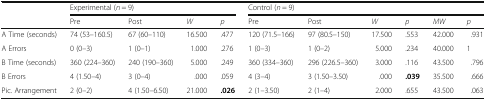
<table><thead><tr><td></td><td colspan="4"><b>Experimental (<i>n</i> = 9)</b></td><td colspan="6"><b>Control (<i>n</i> = 9)</b></td></tr><tr><td></td><td><b>Pre</b></td><td><b>Post</b></td><td><b><i>W</i></b></td><td><b><i>p</i></b></td><td><b>Pre</b></td><td><b>Post</b></td><td><b><i>W</i></b></td><td><b><i>p</i></b></td><td><b><i>MW</i></b></td><td><b><i>p</i></b></td></tr></thead><tbody><tr><td>A Time (seconds)</td><td>74 (53–160.5)</td><td>67 (60–110)</td><td>16.500</td><td>.477</td><td>120 (71.5–166)</td><td>97 (80.5–150)</td><td>17.500</td><td>.553</td><td>42.000</td><td>.931</td></tr><tr><td>A Errors</td><td>0 (0–3)</td><td>1 (0–1)</td><td>1.000</td><td>.276</td><td>1 (0–3)</td><td>1 (0–2)</td><td>5.000</td><td>.234</td><td>40.000</td><td>1</td></tr><tr><td>B Time (seconds)</td><td>360 (224–360)</td><td>240 (190–360)</td><td>5.000</td><td>.249</td><td>360 (334–360)</td><td>296 (226.5–360)</td><td>3.000</td><td>.116</td><td>43.500</td><td>.796</td></tr><tr><td>B Errors</td><td>4 (1.50–4)</td><td>3 (0–4)</td><td>.000</td><td>.059</td><td>4 (3–4)</td><td>3 (1.50–3.50)</td><td>.000</td><td><b>.039</b></td><td>35.500</td><td>.666</td></tr><tr><td>Pic. Arrangement</td><td>2 (0–2)</td><td>4 (1.50–6.50)</td><td>21.000</td><td><b>.026</b></td><td>2 (1–3.50)</td><td>2 (1–4)</td><td>2.000</td><td>.655</td><td>43.500</td><td>.063</td></tr></tbody></table>